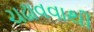
ચઢાવવાથી